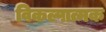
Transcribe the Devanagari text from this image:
विकल्पात्मक